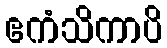
ဧကံသိကာပိ